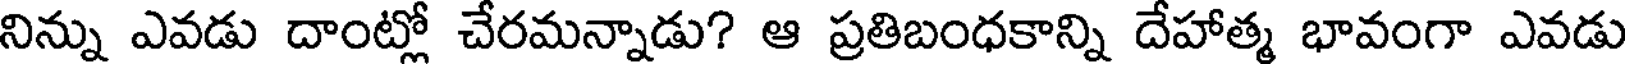
నిన్ను ఎవడు దాంట్లో చేరమన్నాడు? ఆ ప్రతిబంధకాన్ని దేహాత్మ భావంగా ఎవడు